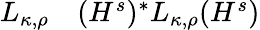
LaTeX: \begin{array}{rl}{L_{\kappa,\rho}}&{{}(H^{s})^{*}L_{\kappa,\rho}(H^{s})}\end{array}